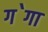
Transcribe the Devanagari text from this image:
ग॓गा